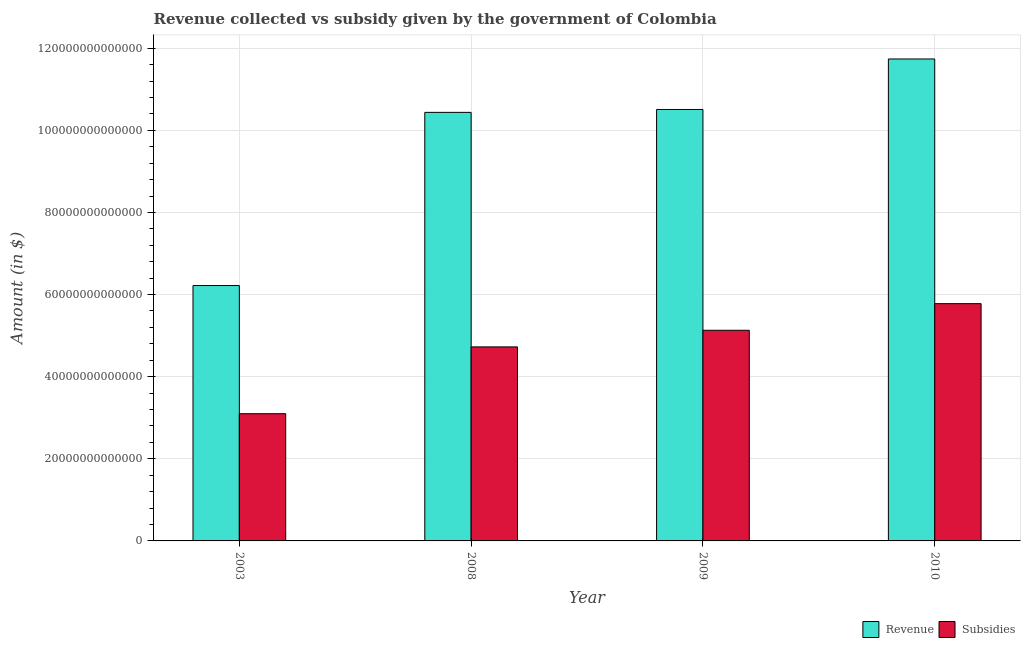
| Year | Revenue | Subsidies |
 | --- | --- | --- |
 | 2003 | 6.22e+13 | 3.1e+13 |
 | 2008 | 1.04e+14 | 4.73e+13 |
 | 2009 | 1.05e+14 | 5.13e+13 |
 | 2010 | 1.17e+14 | 5.78e+13 |